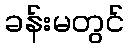
ခန်းမတွင်